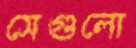
সেগুলো